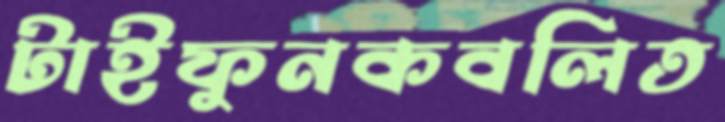
টাইফুনকবলিত